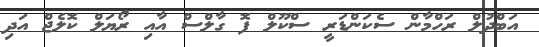
އަބްދުލް ރަހްމާން ސެކަންޑަރީ ސްކޫލް ފޮ ގާލްސް އާއި ރޯޔަލް ކޮލެޖް އަދި